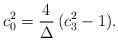
LaTeX: \begin{align*}c_0^2 = { 4 \over \Delta} \, ( c_3^2-1) .\end{align*}